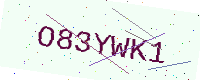
Text: O83YWK1